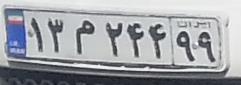
۱۲م۲۴۴۹۹